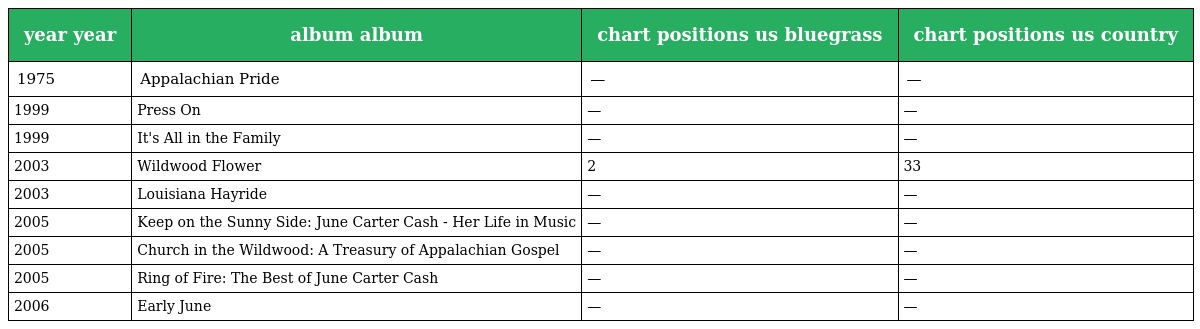
| year year | album album | chart positions us bluegrass | chart positions us country |
 | --- | --- | --- | --- |
 | 1975 | Appalachian Pride | — | — |
 | 1999 | Press On | — | — |
 | 1999 | It's All in the Family | — | — |
 | 2003 | Wildwood Flower | 2 | 33 |
 | 2003 | Louisiana Hayride | — | — |
 | 2005 | Keep on the Sunny Side: June Carter Cash - Her Life in Music | — | — |
 | 2005 | Church in the Wildwood: A Treasury of Appalachian Gospel | — | — |
 | 2005 | Ring of Fire: The Best of June Carter Cash | — | — |
 | 2006 | Early June | — | — |